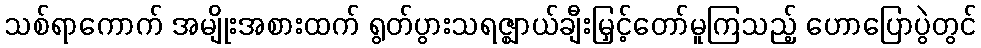
သစ်ရာကောက် အမျိုးအစားထက် ရွတ်ပွားသရဇ္ဈာယ်ချီးမြှင့်တော်မူကြသည့် ဟောပြောပွဲတွင်